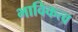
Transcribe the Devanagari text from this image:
भाविकत्व